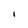
Character: I